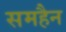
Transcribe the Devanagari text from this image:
समहैन